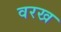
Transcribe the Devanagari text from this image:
वरख